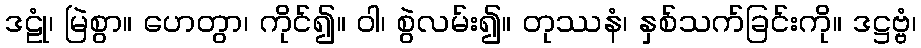
ဒဠုံ၊ မြဲစွာ။ ဟေတွာ၊ ကိုင်၍။ ဝါ၊ စွဲလမ်း၍။ တုဿနံ၊ နှစ်သက်ခြင်းကို။ ဒဋ္ဌဗ္ဗံ၊